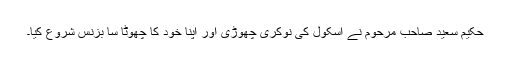
حکیم سعید صاحب مرحوم نے اسکول کی نوکری چھوڑی اور اپنا خود کا چھوٹا سا بزنس شروع کیا۔